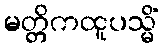
မတ္တိကထူပသ္မိံ